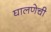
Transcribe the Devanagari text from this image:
घालणेची